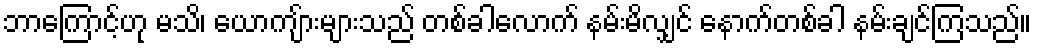
ဘာကြောင့်ဟု မသိ၊ ယောကျ်ားများသည် တစ်ခါလောက် နမ်းမိလျှင် နောက်တစ်ခါ နမ်းချင်ကြသည်။